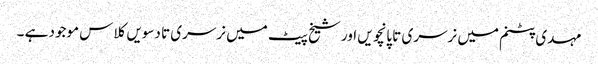
مہدی پٹنم میں نرسری تا پانچویں اور شیخ پیٹ میں نرسری تا دسویں کلاس موجود ہے ۔